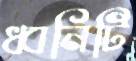
ধ্বনিটি